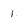
Character: 1